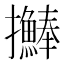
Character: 𢺒